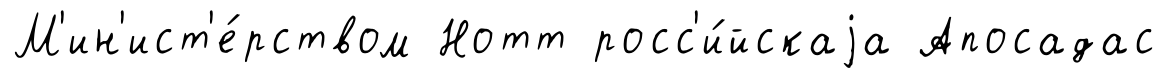
М'ин'ист'е́рством Нотт росс'и́йскаjа Апосадас